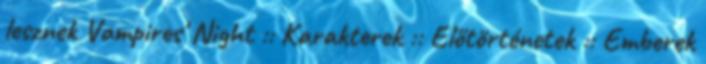
lesznek Vampires' Night :: Karakterek :: Előtörténetek :: Emberek